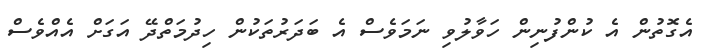
އެގޮތުން އެ ކުންފުނިން ހަވާލުވި ނަމަވެސް އެ ބަދަރުތަކުން ހިދުމަތްދޭ އަގަށް އެއްވެސް